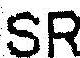
SR